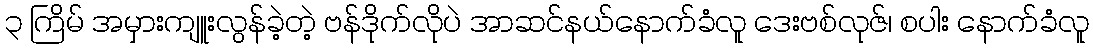
၃ ကြိမ် အမှားကျူးလွန်ခဲ့တဲ့ ဗန်ဒိုက်လိုပဲ အာဆင်နယ်နောက်ခံလူ ဒေးဗစ်လုဇ်၊ စပါး နောက်ခံလူ